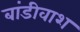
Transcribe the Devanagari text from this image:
बांडीवाश